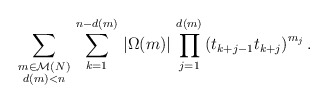
\begin{align*}\sum_{\substack{m\in\mathcal{M}(N)\\d(m)<n}}\,\sum_{k=1}^{n-d(m)}\,\left|\Omega(m)\right|\,\prod_{j=1}^{d(m)}\left(t_{k+j-1}t_{k+j}\right)^{m_{j}}.\end{align*}